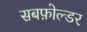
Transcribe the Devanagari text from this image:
सबफ़ोल्डर